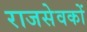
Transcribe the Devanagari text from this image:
राजसेवकों